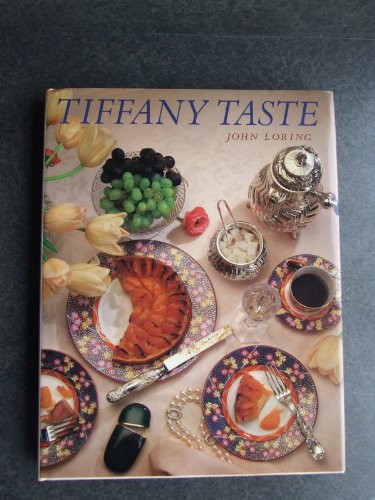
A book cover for Tiffany Taste; John Loring; Cookbooks, Food & Wine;